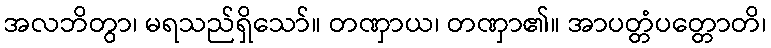
အလဘိတွာ၊ မရသည်ရှိသော်။ တဏှာယ၊ တဏှာ၏။ အာပတ္တံပတ္တောတိ၊